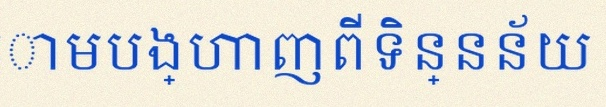
តារាងខាងក្រោមបង្ហាញពីទិន្នន័យ